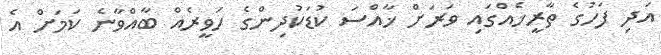
އަދި ފަހުގެ ތާރީޚެއްގައި ވަރަށް ޚާއްސަ ކުޑަކުދިންގެ ހަވީރެއް ބާއްވާނެ ކަމަށް އެ